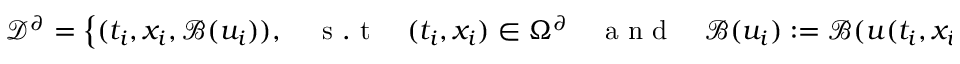
\mathcal { D } ^ { \partial } = \left\{ ( t _ { i } , x _ { i } , \mathcal { B } ( u _ { i } ) ) , \quad \mathrm { ~ s ~ . ~ t ~ } \quad ( t _ { i } , x _ { i } ) \in \Omega ^ { \partial } \quad \mathrm { ~ a ~ n ~ d ~ } \quad \mathcal { B } ( u _ { i } ) : = \mathcal { B } ( u ( t _ { i } , x _ { i } ) ) + \xi _ { b } ( t _ { i } , x _ { i } ) , \, i = 1 . . . N ^ { \partial } \right\}